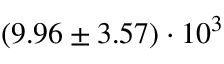
( 9 . 9 6 \pm 3 . 5 7 ) \cdot 1 0 ^ { 3 }